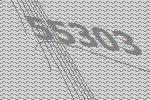
55303